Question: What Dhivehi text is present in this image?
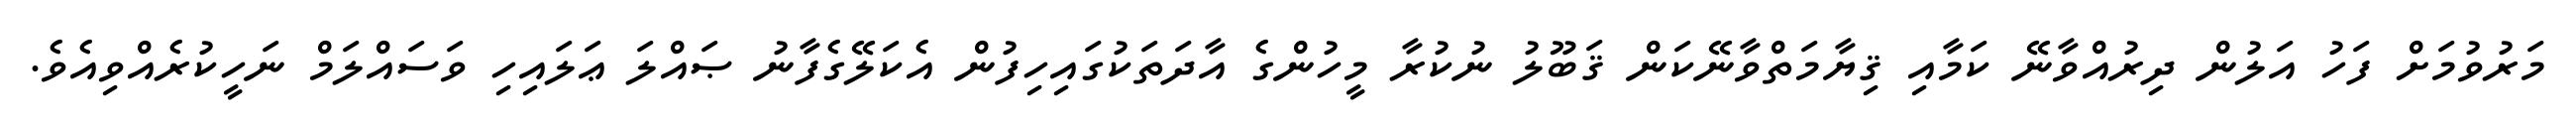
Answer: މަރުވުމަށް ފަހު އަލުން ދިރުއްވާނޭ ކަމާއި ޤިޔާމަތްވާނޭކަން ޤަބޫލު ނުކުރާ މީހުންގެ އާދަތަކުގައިހިފުން އެކަލޭގެފާނު ޞައްލަ ޢަލައިހި ވަސައްލަމް ނަހީކުރެއްވިއެވެ.